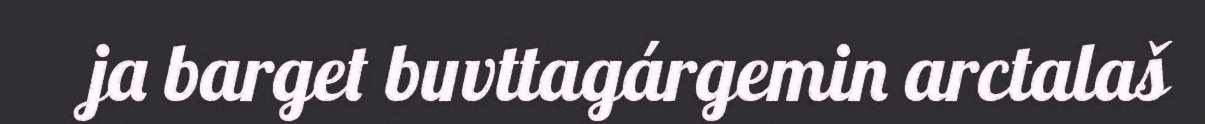
ja barget buvttagárgemin arctalaš